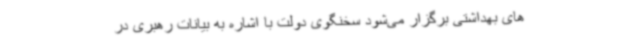
های بهداشتی برگزار می‌شود سخنگوی دولت با اشاره به بیانات رهبری در